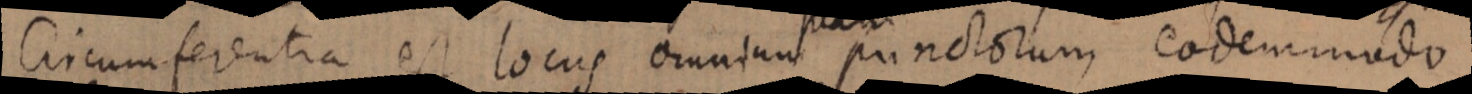
Circumferentia est locus omnium punctorum eodem modo